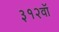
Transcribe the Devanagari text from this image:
३१२वॉ